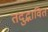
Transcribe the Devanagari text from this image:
तदुद्भावित